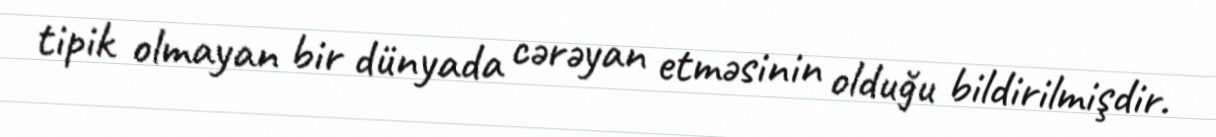
tipik olmayan bir dünyada cərəyan etməsinin olduğu bildirilmişdir.